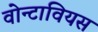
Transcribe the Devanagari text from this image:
वोन्टावियस